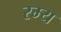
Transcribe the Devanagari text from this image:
रम्‍य